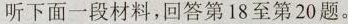
听下面一段材料,回答第18至第20题。